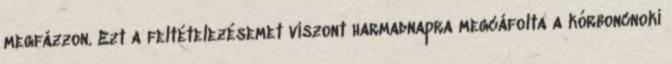
megfázzon. Ezt a feltételezésemet viszont harmadnapra megcáfolta a kórboncnoki